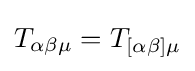
T_{\alpha \beta \mu }=T_{[\alpha \beta ]\mu }